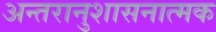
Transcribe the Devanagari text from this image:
अन्तरानुशासनात्मक